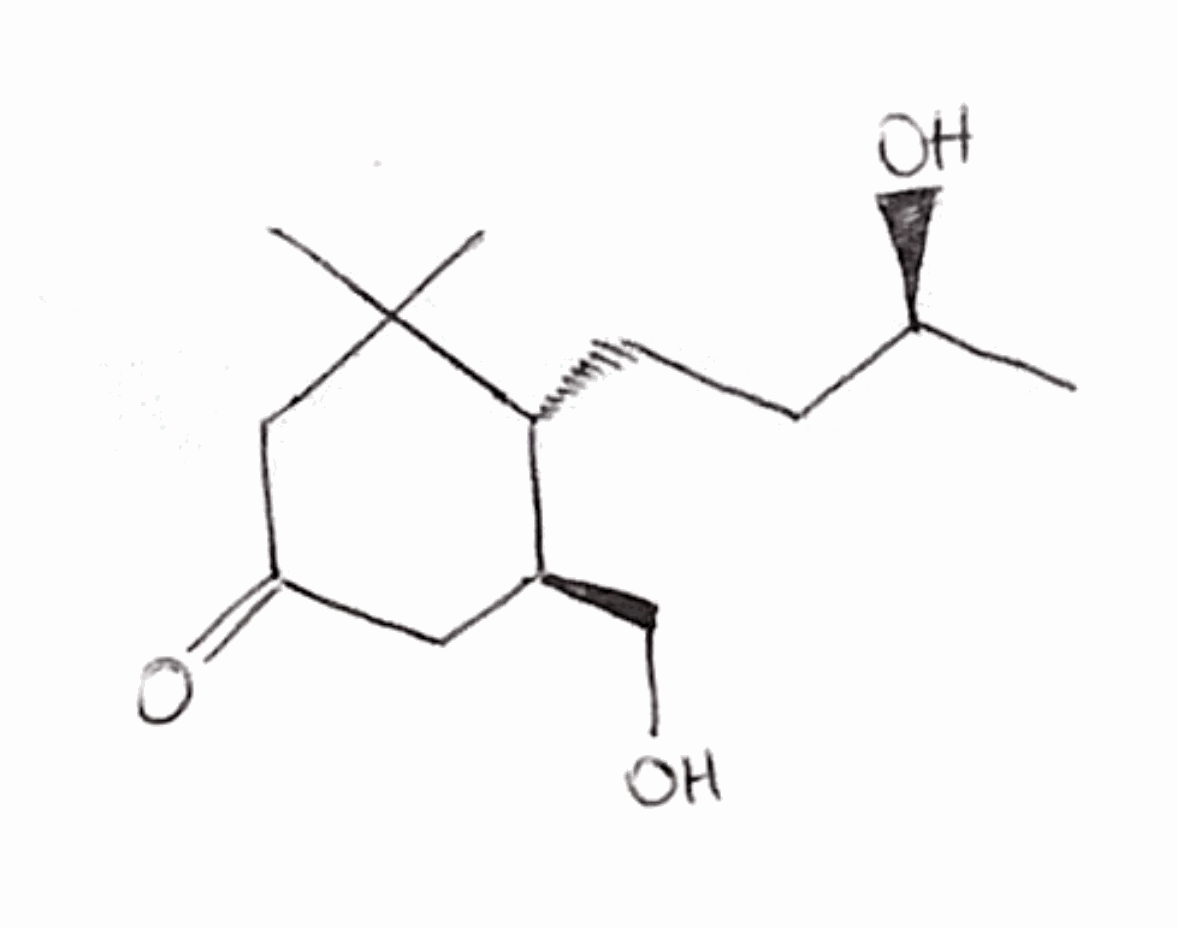
Simplified molecular-input line-entry system (SMILES) notation of the given molecule:
C[C@@H](CC[C@@H]1[C@H](CC(=O)CC1(C)C)CO)O